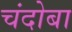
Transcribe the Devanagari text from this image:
चंदोबा